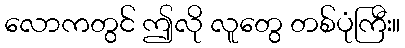
လောကတွင် ဤလို လူတွေ တစ်ပုံကြီး။